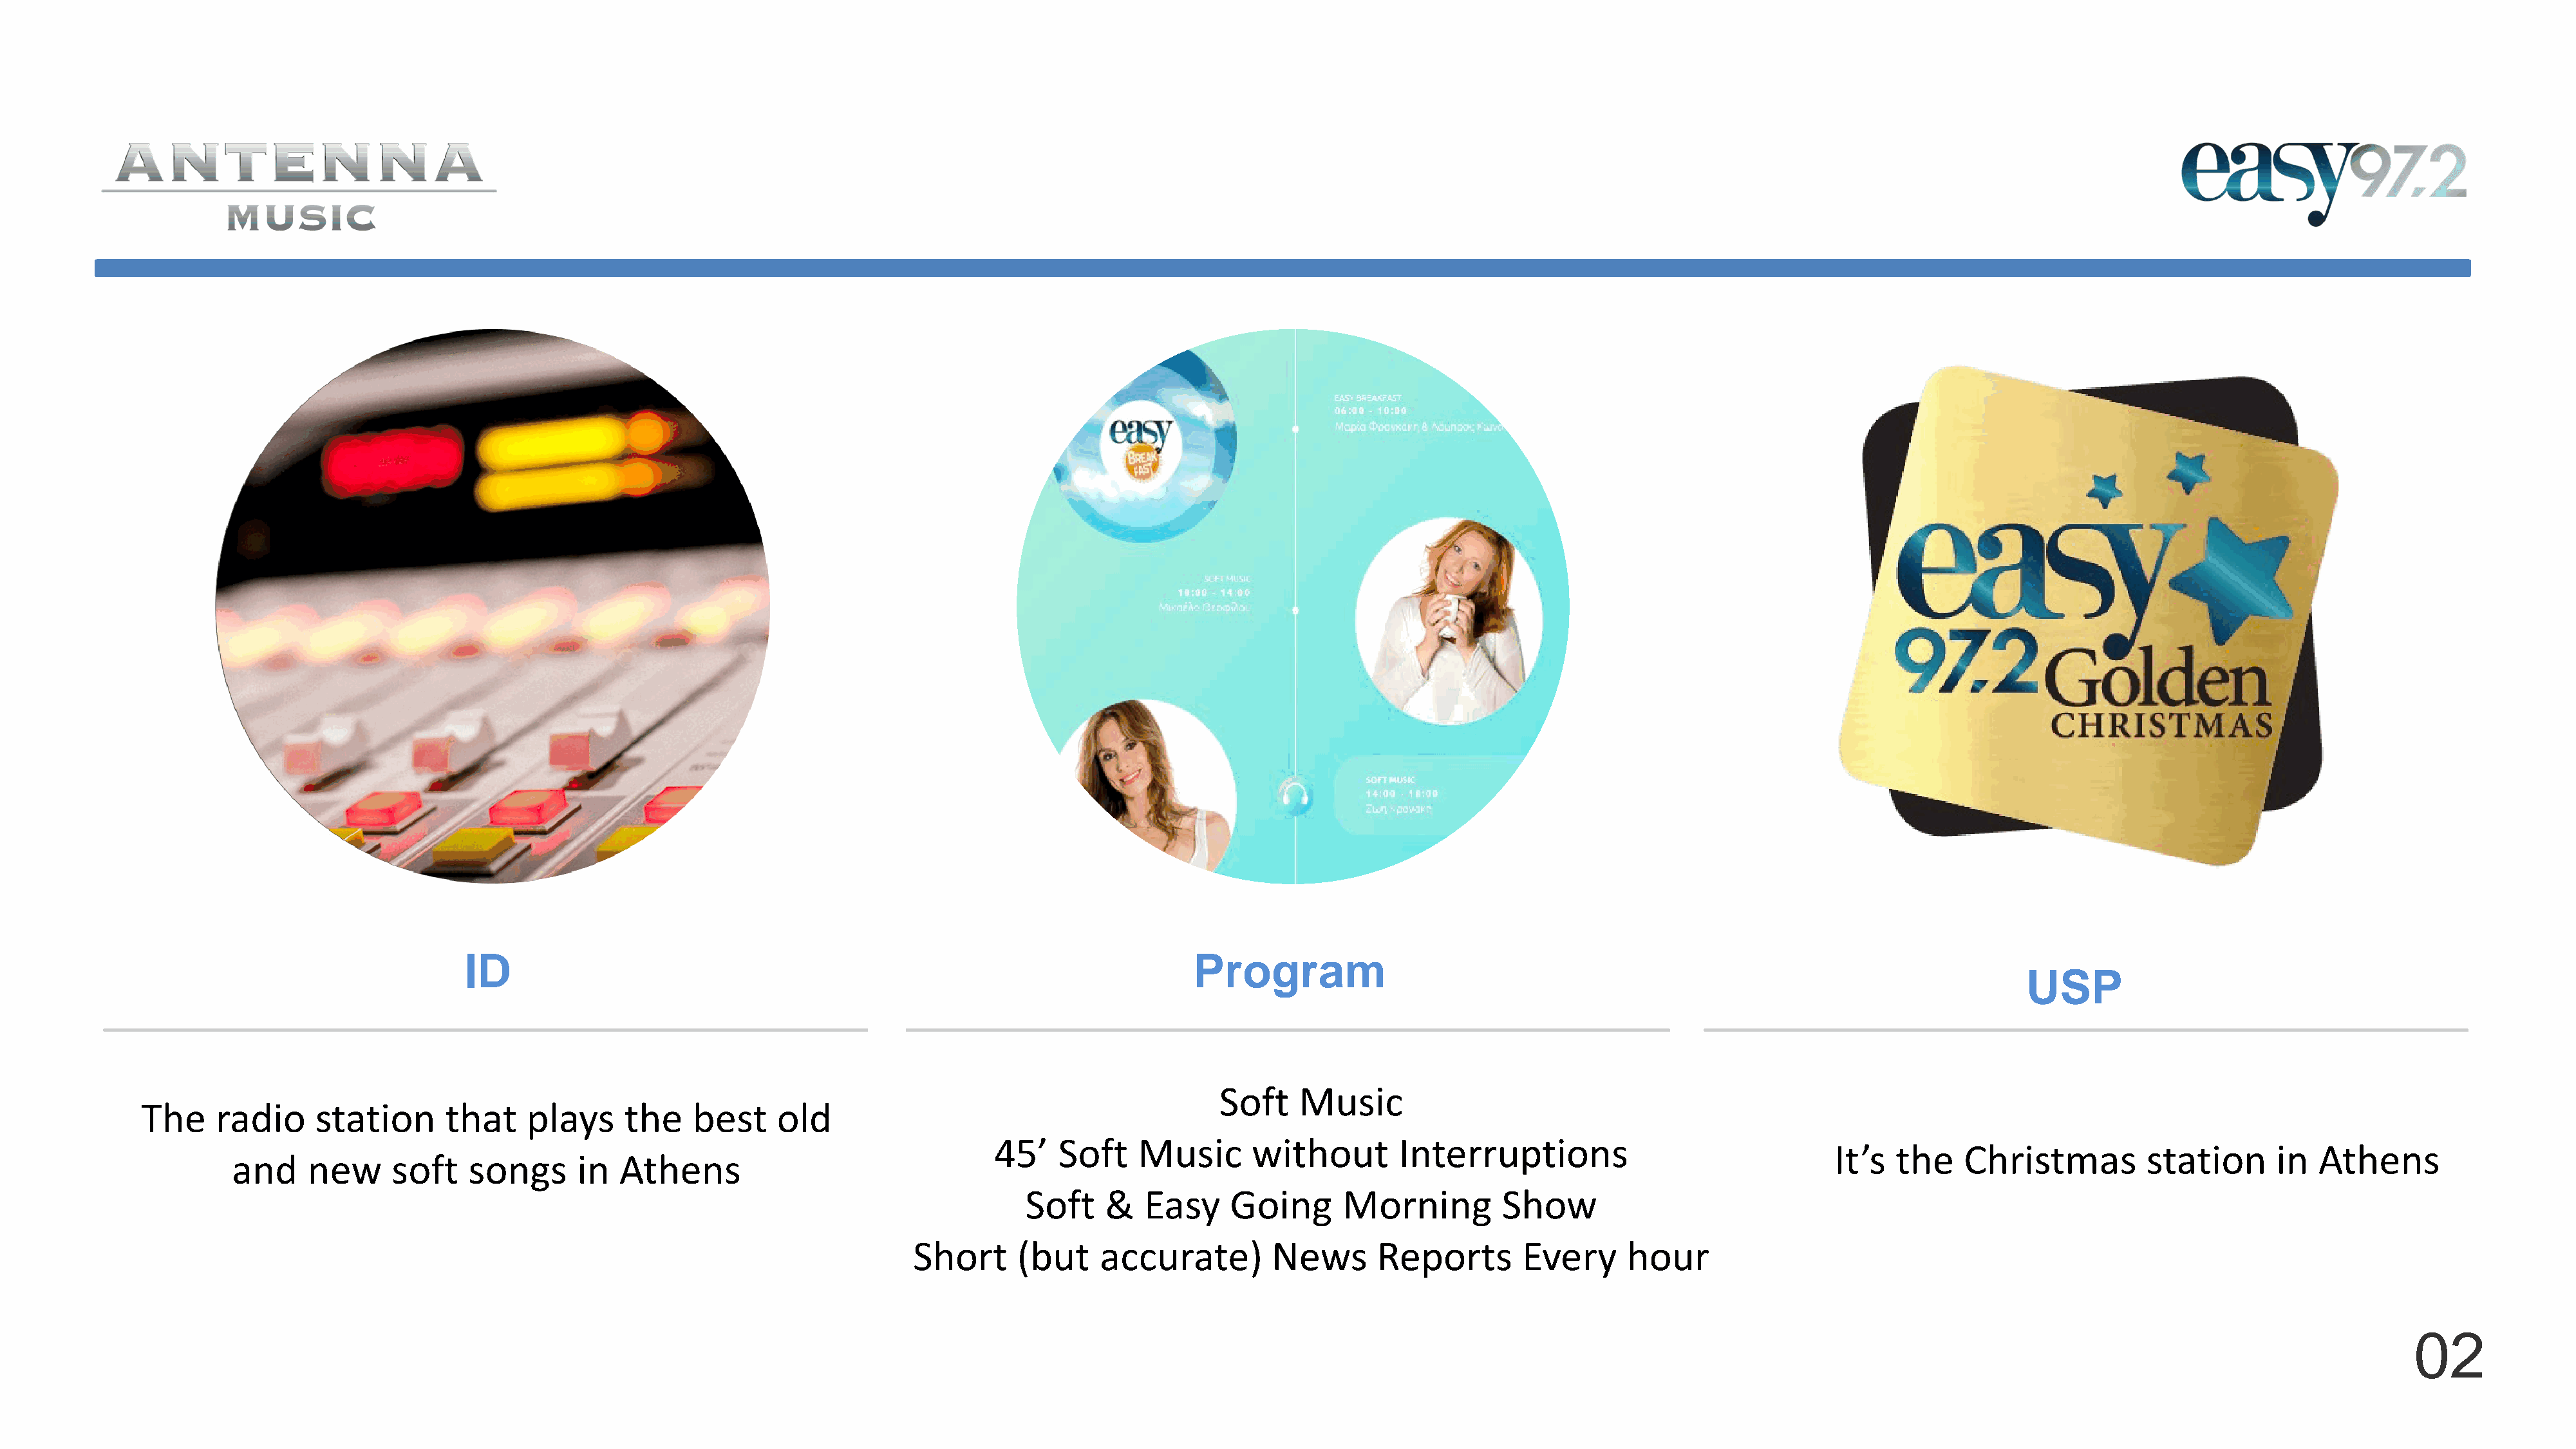
add   image     here
 ID                                                                         Program
 USP
 Soft     Music
 The    radio     station       that    plays     the    best     old
 45’    Soft    Music       without        Interruptions
 It’s  the    Christmas          station      in  Athens
 and     new     soft    songs      in   Athens
 Soft     &   Easy    Going       Morning         Show
 Short      (but    accurate)         News       Reports       Every      hour
 02